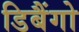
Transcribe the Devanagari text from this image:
डिबैंगो